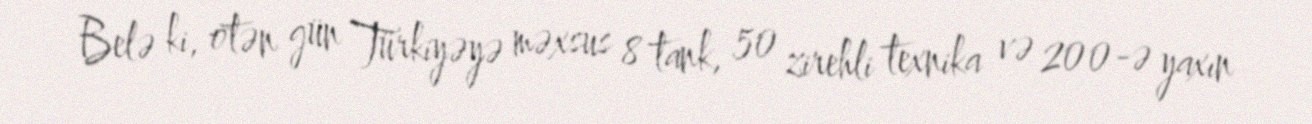
Belə ki, ötən gün Türkiyəyə məxsus 8 tank, 50 zirehli texnika və 200-ə yaxın